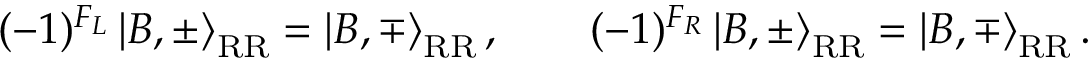
( - 1 ) ^ { F _ { L } } \left| B , \pm \right\rangle _ { \mathrm { R R } } = \left| B , \mp \right\rangle _ { \mathrm { R R } } , \qquad ( - 1 ) ^ { F _ { R } } \left| B , \pm \right\rangle _ { \mathrm { R R } } = \left| B , \mp \right\rangle _ { \mathrm { R R } } .